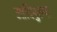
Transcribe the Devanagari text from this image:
आदिपुरुषा